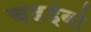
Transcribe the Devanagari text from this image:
चढईबो